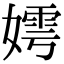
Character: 嫮